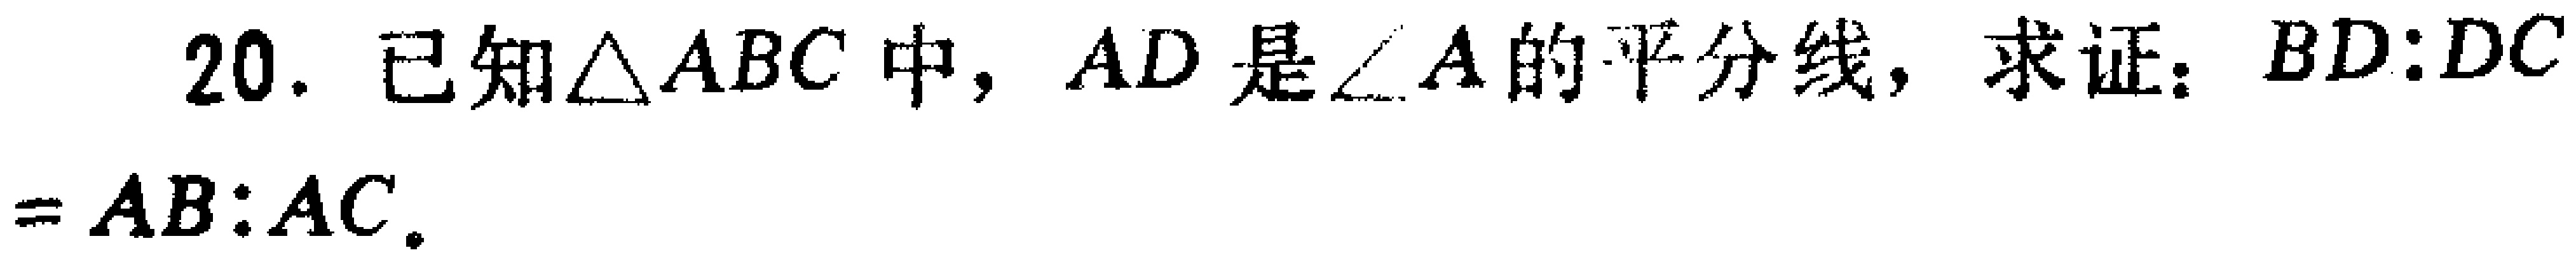
20. 已知\(\triangle ABC\)中，\(AD\)是\(\angle A\)的平分线，求证：\(BD:DC = AB:AC\)。